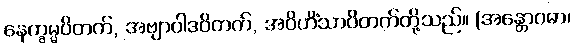
နေက္ခမ္မဝိတက်, အဗျာပါဒဝိတက်, အဝိဟိံသာဝိတက်တို့သည်။ (အန္တောဂဓာ၊